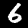
Digit: 6